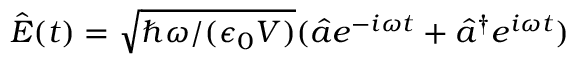
\hat { E } ( t ) = \sqrt { \hbar \omega / ( \epsilon _ { 0 } V ) } ( \hat { a } e ^ { - i \omega t } + \hat { a } ^ { \dagger } e ^ { i \omega t } )